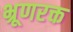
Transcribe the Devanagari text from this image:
भ्रूणरक्त